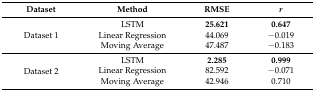
| Dataset | Method | RMSE | r |
 | --- | --- | --- | --- |
 | <ROWSPAN=3> Dataset 1 | LSTM | 25.621 | 0.647 |
 | Linear Regression | 44.069 | −0.019 |
 | Moving Average | 47.487 | −0.183 |
 | <ROWSPAN=3> Dataset 2 | LSTM | 2.285 | 0.999 |
 | Linear Regression | 82.592 | −0.071 |
 | Moving Average | 42.946 | 0.710 |